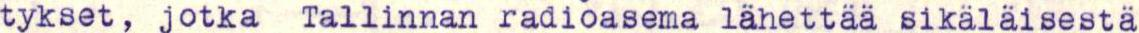
tykset, jotka  Tallinnan radioasema lähettää sikäläisestä